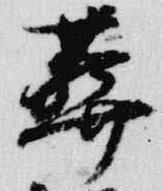
葬